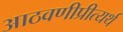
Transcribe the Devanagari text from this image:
आठवणीप्रीत्यर्थ